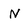
Character: N